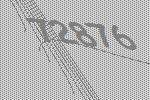
72876